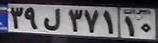
۳۹ل۳۷۱۱۰